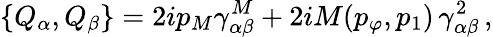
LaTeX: \{ Q_{\alpha},Q_{\beta}\} =2ip_{M}\gamma_{\alpha\beta}^{M}+2iM(p_{\varphi},p_{1})\, \gamma_{\alpha\beta}^{2}\, ,